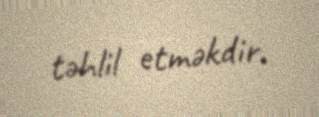
təhlil etməkdir.